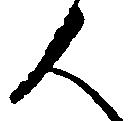
人